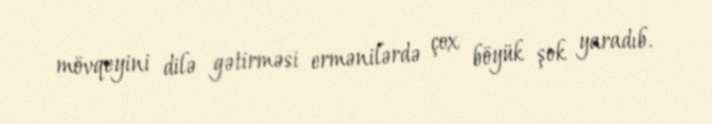
mövqeyini dilə gətirməsi ermənilərdə çox böyük şok yaradıb.